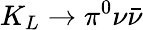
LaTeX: K_{L}\rightarrow\pi^{0}\nu\bar{\nu}